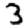
Digit: 3